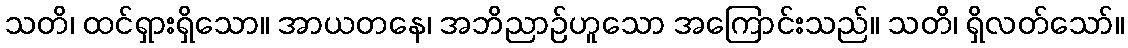
သတိ၊ ထင်ရှားရှိသော။ အာယတနေ၊ အဘိညာဉ်ဟူသော အကြောင်းသည်။ သတိ၊ ရှိလတ်သော်။